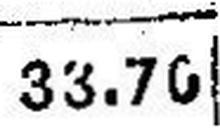
33.70